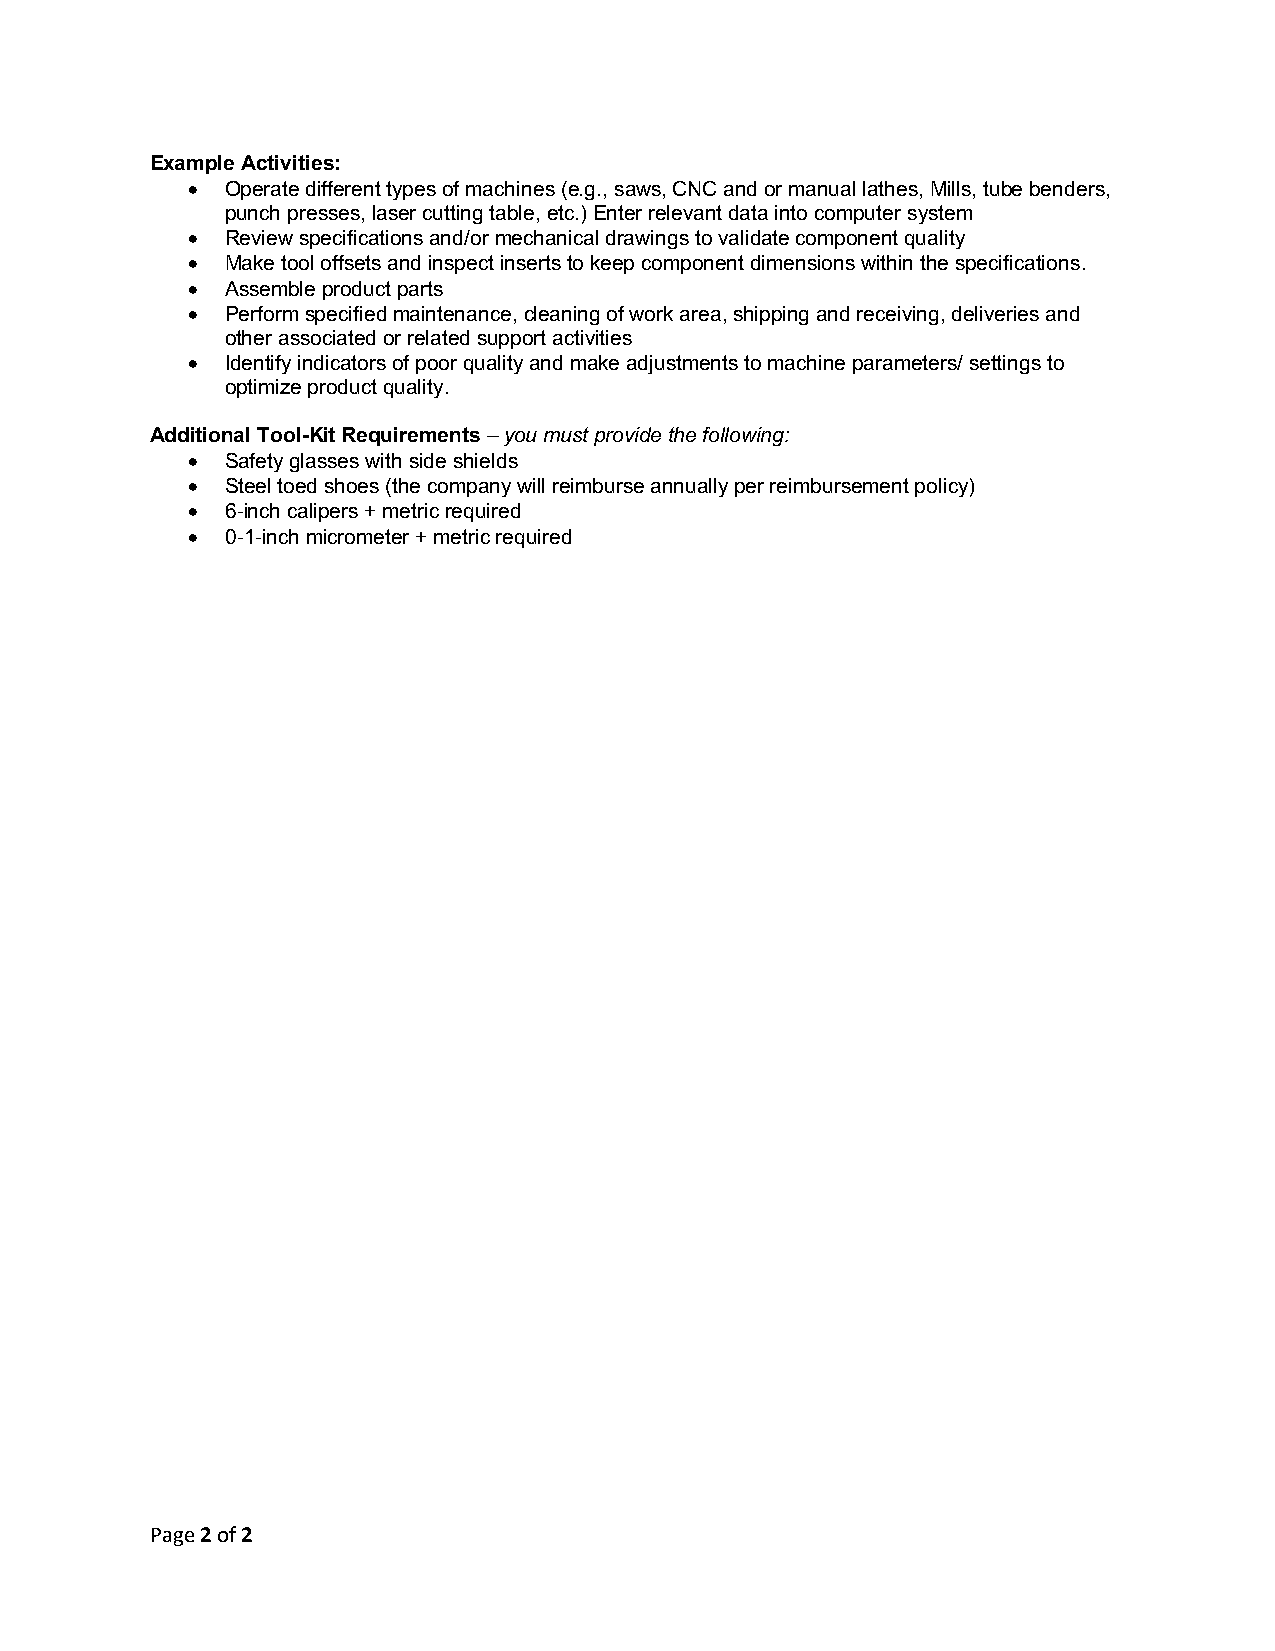
Example Activities:
 •  Operate different types of machines (e.g., saws, CNC and or manual lathes, Mills, tube benders,
 punch presses, laser cutting table, etc.) Enter relevant data into computer system
 •  Review specifications and/or mechanical drawings to validate component quality
 •  Make tool offsets and inspect inserts to keep component dimensions within the specifications.
 •  Assemble product parts
 •  Perform specified maintenance, cleaning of work area, shipping and receiving, deliveries and
 other associated or related support activities
 •  Identify indicators of poor quality and make adjustments to machine parameters/ settings to
 optimize product quality.
 Additional Tool-Kit Requirements – you must provide the following:
 •  Safety glasses with side shields
 •  Steel toed shoes (the company will reimburse annually per reimbursement policy)
 •  6-inch calipers + metric required
 •  0-1-inch micrometer + metric required
 Page 2 of 2